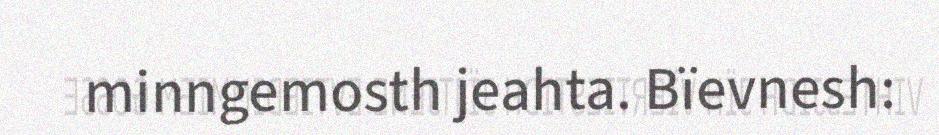
minngemosth jeahta. Bïevnesh: